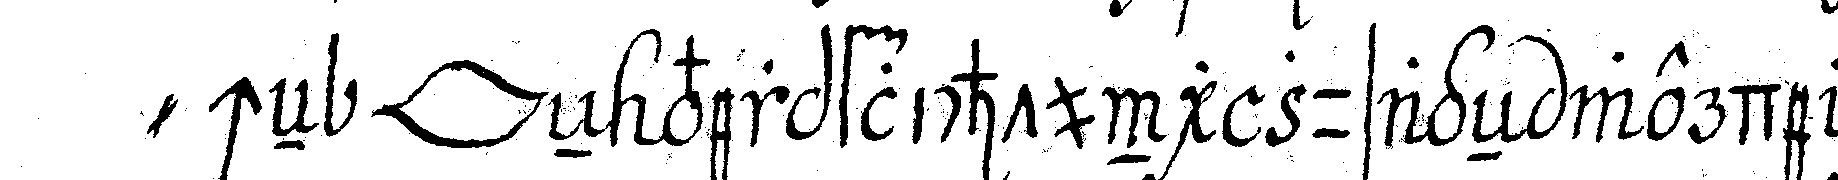
" cheN *lip* eN verpflichtung zusageN werde noch